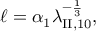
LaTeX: \ell = \alpha _ { 1 } \lambda _ { \mathrm { I I } , 1 0 } ^ { - \frac 1 3 } ,